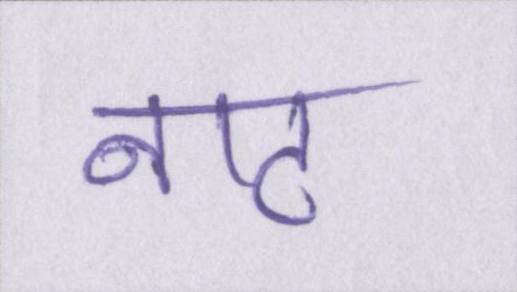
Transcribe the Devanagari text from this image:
नाट